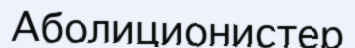
Аболиционистер